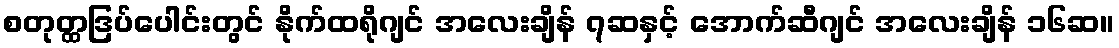
စတုတ္ထဒြပ်ပေါင်းတွင် နိုက်ထရိုဂျင် အလေးချိန် ၇ဆနှင့် အောက်ဆီဂျင် အလေးချိန် ၁၆ဆ။